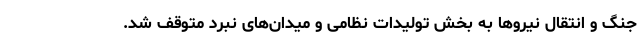
جنگ و انتقال نیروها به بخش‌ تولیدات نظامی و میدان‌های نبرد متوقف شد.